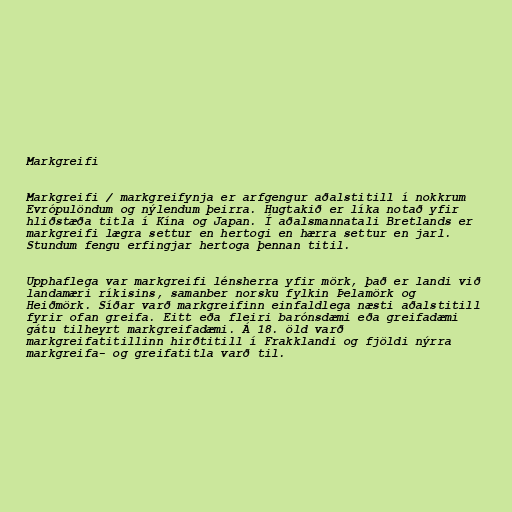
Markgreifi

Markgreifi / markgreifynja er arfgengur aðalstitill í nokkrum
Evrópulöndum og nýlendum þeirra. Hugtakið er líka notað yfir
hliðstæða titla í Kína og Japan. Í aðalsmannatali Bretlands er
markgreifi lægra settur en hertogi en hærra settur en jarl.
Stundum fengu erfingjar hertoga þennan titil.

Upphaflega var markgreifi lénsherra yfir mörk, það er landi við
landamæri ríkisins, samanber norsku fylkin Þelamörk og
Heiðmörk. Síðar varð markgreifinn einfaldlega næsti aðalstitill
fyrir ofan greifa. Eitt eða fleiri barónsdæmi eða greifadæmi
gátu tilheyrt markgreifadæmi. Á 18. öld varð
markgreifatitillinn hirðtitill í Frakklandi og fjöldi nýrra
markgreifa- og greifatitla varð til.